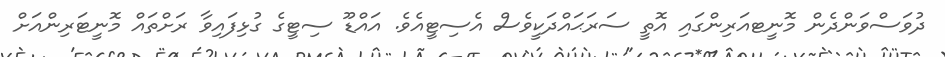
ދުވަސްވަންދެން މޮނީޓއަރިންގައި އޮތީ ސަރަޙައްދަކީވެސް އެސިޓީއެވެ. އައްޑޫ ސިޓީގެ ގުޅިފައިވާ ރަށްތައް މޮނީޓަރިންއަށް